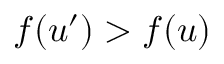
f ( u ^ { \prime } ) > f ( u )